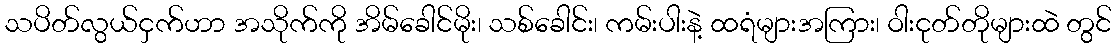
သပိတ်လွယ်ငှက်ဟာ အသိုက်ကို အိမ်ခေါင်မိုး၊ သစ်ခေါင်း၊ ကမ်းပါးနဲ့ ထရံများအကြား၊ ဝါးငုတ်တိုများထဲ တွင်